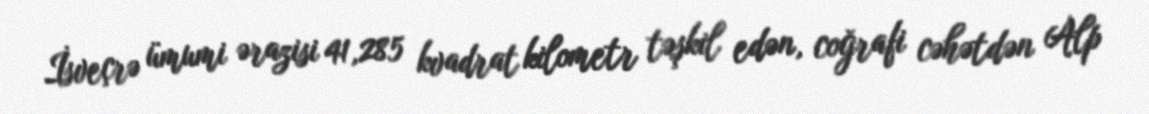
İsveçrə ümumi ərazisi 41,285 kvadrat kilometr təşkil edən, coğrafi cəhətdən Alp